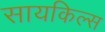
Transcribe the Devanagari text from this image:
सायकिल्स